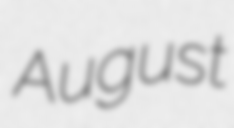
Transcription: August